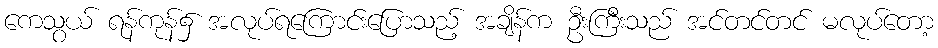
ကေသွယ် ရန်ကုန်၌ အလုပ်ရကြောင်းပြောသည့် အချိန်က ဦးကြီးသည် အင်တင်တင် မလုပ်တော့